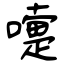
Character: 嚏